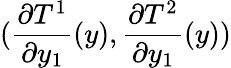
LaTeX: (\frac{\partial T^{1}}{\partial y_{1}}(y),\frac{\partial T^{2}}{\partial y_{1}}(y))